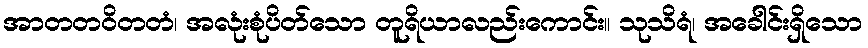
အာတတဝိတတံ၊ အလုံးစုံပိတ်သော တူရိယာလည်းကောင်း။ သုသိရံ၊ အခေါင်းရှိသော